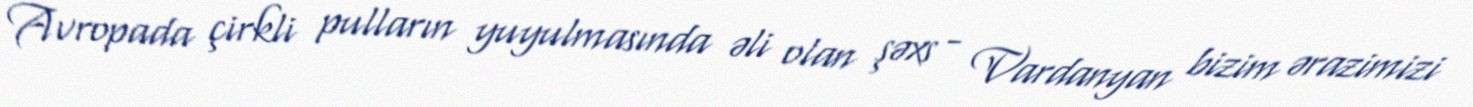
Avropada çirkli pulların yuyulmasında əli olan şəxs - Vardanyan bizim ərazimizi